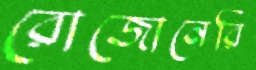
রোজোনেরি